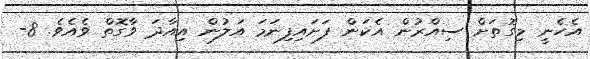
އެހެނީ މިގޮތަށް ސިއްރުން އެކަން ފަށައިފިނަމަ އަލުން އިއާދަ ވާގޮތް ވެއެވެ. 8-